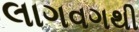
લાગવગથી